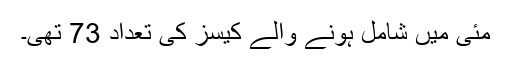
مئی میں شامل ہونے والے کیسز کی تعداد 73 تھی۔